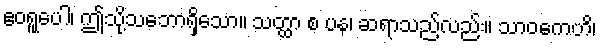
ဧဝရူပေါ၊ ဤသို့သဘောရှိသော။ သတ္ထာ စ ပန၊ ဆရာသည်လည်း။ သာဝကေဟိ၊